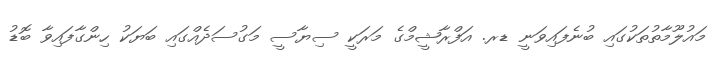
މައުލޫމާތުތަކުގައި ބުނެފައިވަނީ ޑރ. އަފްރާޝީމްގެ މަރަކީ ސިޔާސީ މަގުސަދެއްގައި ބަޔަކު ހިންގާފައިވާ ބޮޑު